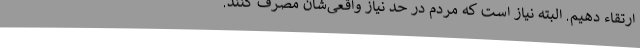
ارتقاء دهیم. البته نیاز است که مردم در حد نیاز واقعی‌شان مصرف کنند.